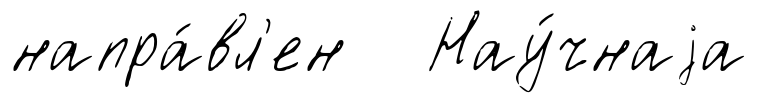
напра́вл'ен Нау́чнаjа